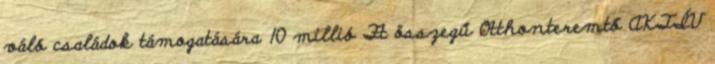
váló családok támogatására 10 millió Ft összegű Otthonteremtő AKTÍV